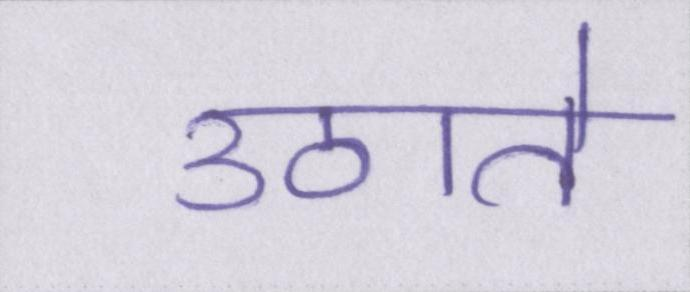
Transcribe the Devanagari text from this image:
उठाते